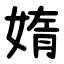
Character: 媠